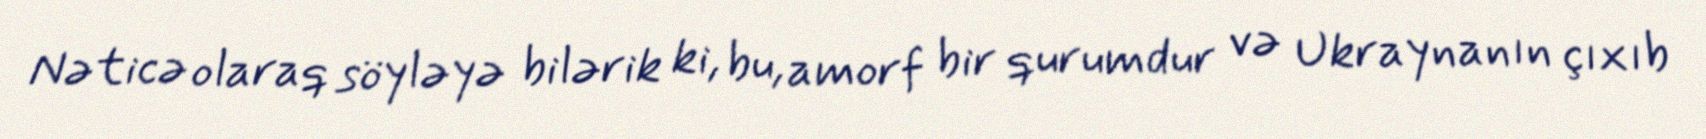
Nəticə olaraq söyləyə bilərik ki, bu, amorf bir qurumdur və Ukraynanın çıxıb